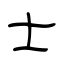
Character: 士